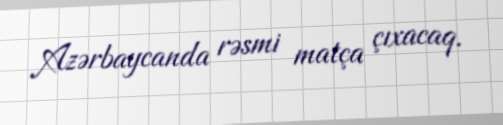
Azərbaycanda rəsmi matça çıxacaq.